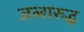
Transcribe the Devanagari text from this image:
जलारुद्ध